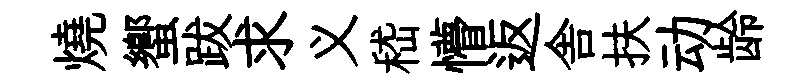
燒蠁跋求义嵇懵返舎扶动龄